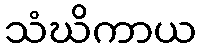
သံဃိကာယ